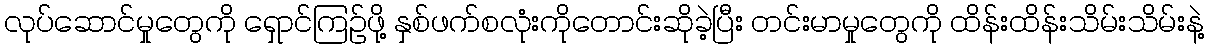
လုပ်ဆောင်မှုတွေကို ရှောင်ကြဉ်ဖို့ နှစ်ဖက်စလုံးကိုတောင်းဆိုခဲ့ပြီး တင်းမာမှုတွေကို ထိန်းထိန်းသိမ်းသိမ်းနဲ့